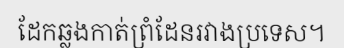
ដែកឆ្លងកាត់ព្រំដែនរវាងប្រទេស។